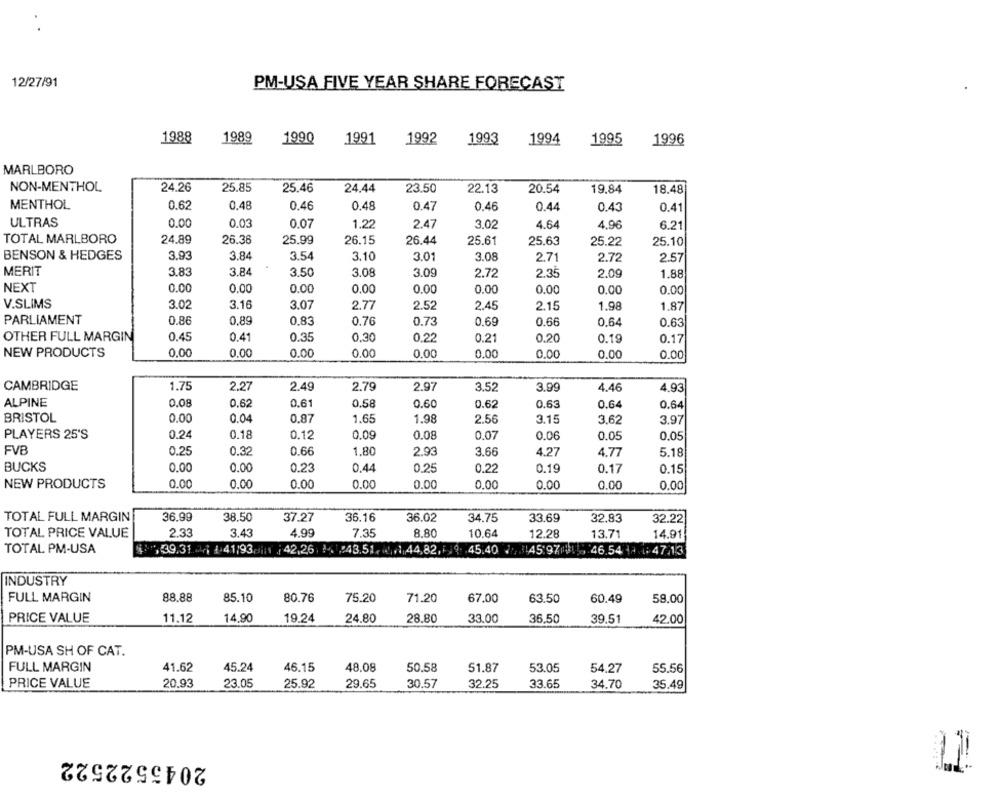
12/27/91
PM-USA FIVE YEAR SHARE FORECAST
1988
1989
1990
1991
1992
1993
1994
1995
1996
MARLBORO
NON-MENTHOL
24.26
25.85
25.46
24.44
23.50
22.13
20.54
19,84
18.48
MENTHOL
0.62
0,48
0.46
0.48
0.47
0.46
0.44
0.43
0.41
ULTRAS
0.00
0.03
0.07
1.22
2.47
3.02
4.64
4,96
6.21
TOTAL MARLBORO
24.89
26.36
25.99
26.15
26.44
25.61
25,63
25.22
25.10
BENSON & HEDGES
3.93
3.84
3.54
3.10
3.01
3.08
2.71
2.57
2.72
MERIT
3.83
3.84
3.50
3.08
3.09
2.35
2.72
2.09
1.88
NEXT
0.00
0.00
0.00
0.00
0.00
0.00
0.00
0.00
0.00
V.SLIMS
3.02
3.16
3.07
2.77
2.45
2.52
2.15
1.98
1.87
PARLIAMENT
0.86
0,89
0.76
0.83
0.73
0.69
0.66
0.64
0.63
0.45
0.35
OTHER FULL MARGIN
0.41
0.30
0.22
0.21
0.20
0.19
0.17
NEW PRODUCTS
0.00
0.00
0.00
0.00
0.00
0.00
0.00
0.00
0.00
CAMBRIDGE
1.75
2.27
2.49
2.79
2.97
3.52
3.99
4.46
4.93
0.61
0.58
ALPINE
0.08
0.62
0.60
0.62
0.63
0.64
0.64
0.00
0.87
BRISTOL
0.04
1.65
1.98
2.56
3.15
3,62
3.97
0.24
0.18
PLAYERS 25'S
0.12
0.09
0.08
0.07
0.06
0.05
0.05
FVB
0.25
0.32
0.66
1.80
2.93
3.66
4.27
4.77
5.18
BUCKS
0.00
0.00
0.23
0.44
0.25
0.22
0.19
0.17
0.15
NEW PRODUCTS
0.00
0.00
0.00
0.00
0.00
0.00
0.00
0.00
0.00
TOTAL FULL MARGIN
36.99
38.50
37.27
36.16
36.02
34.75
33.69
32,83
32.22
TOTAL PRICE VALUE
2.33
3.43
4.99
7.35
8.80
10.64
12.28
13.71
14.91
TOTAL PM-USA
39.31.4 1 41/93
42.26. 1. 243.51. . 1,44,82,i
45.404597 46.54 1 47.13
INDUSTRY
FULL MARGIN
88.88
8.5.10
80.76
75.20
71.20
67.00
63.50
60.49
59,00
PRICE VALUE
11.12
14.90
19.24
24.80
28.80
33.00
36,50
39.51
42.00
PM-USA SH OF CAT.
FULL MARGIN
41.62
45.24
46.15
48.08
50.58
51.87
53.05
54.27
55.56
PRICE VALUE
20.93
23.05
25.92
29.65
30.57
32.25
33.65
34.70
35.49
2045522522